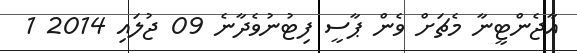
އާޖެންޓީނާ މެޗަށް ވެން ޕާސީ ފިޓުނުވެދާނެ 09 ޖުލައި 2014 1